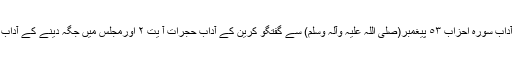
دعوت ِ طعام کے آداب سُورہ احزاب ٥٣ پیغمبر(صلی اللہ علیہ وآلہ وسلم) سے گفتگو کرین کے آداب حجرات آ یت ٢ اورمجلس میں جگہ دینے کے آداب زیربحث آیت ہیں ۔